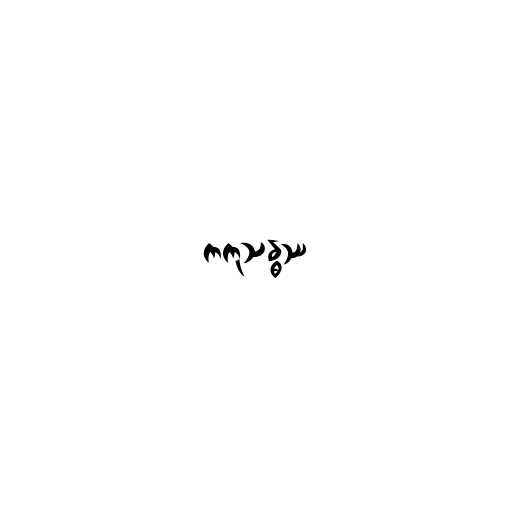
ကကုသန္ဓဿ